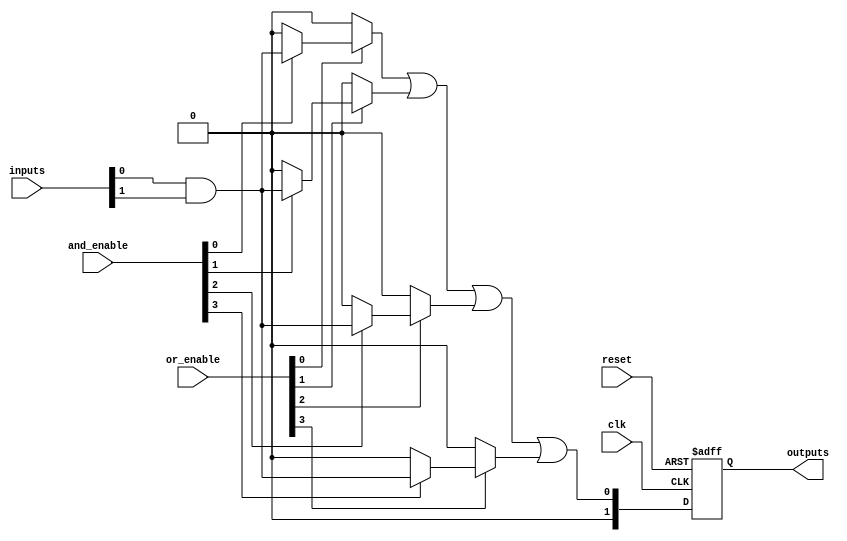
module RPAL #(
    parameter NUM_INPUTS = 4,    // Number of input lines
    parameter NUM_AND_TERMS = 4,  // Number of product terms
    parameter NUM_OUTPUTS = 2     // Number of output lines
)(
    input wire [NUM_INPUTS-1:0] inputs,          // Input lines
    input wire [NUM_AND_TERMS-1:0] and_enable,   // Control signals for AND array
    input wire [NUM_AND_TERMS-1:0] or_enable,    // Control signals for OR array
    input wire clk,                               // Clock input
    input wire reset,                             // Asynchronous reset
    output reg [NUM_OUTPUTS-1:0] outputs         // Output lines
);

    // Intermediate wires for the product terms
    wire [NUM_AND_TERMS-1:0] product_terms;

    // Programmable AND array
    genvar i;
    generate
        for (i = 0; i < NUM_AND_TERMS; i = i + 1) begin : and_array
            assign product_terms[i] = (and_enable[i]) ? (inputs[0] & inputs[1]) : 1'b0; // Example: ANDing specific inputs
            // Extend this to include other combinations of inputs as needed
        end
    endgenerate

    // Intermediate wire for OR array
    wire or_output;

    // Programmable OR array
    assign or_output = (or_enable[0] ? product_terms[0] : 1'b0) |
                       (or_enable[1] ? product_terms[1] : 1'b0) |
                       (or_enable[2] ? product_terms[2] : 1'b0) |
                       (or_enable[3] ? product_terms[3] : 1'b0);

    // Registered outputs
    always @(posedge clk or posedge reset) begin
        if (reset) begin
            outputs <= {NUM_OUTPUTS{1'b0}}; // Reset outputs to 0
        end else begin
            outputs <= or_output; // Capture OR output
        end
    end

endmodule